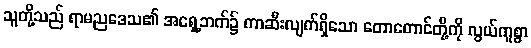
သူတို့သည် ရာမညဒေသ၏ အရှေ့ဘက်၌ ကာဆီးလျက်ရှိသော တောတောင်တို့ကို လွယ်ကူစွာ